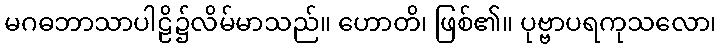
မဂဓဘာသာပါဠိ၌လိမ်မာသည်။ ဟောတိ၊ ဖြစ်၏။ ပုဗ္ဗာပရကုသလော၊